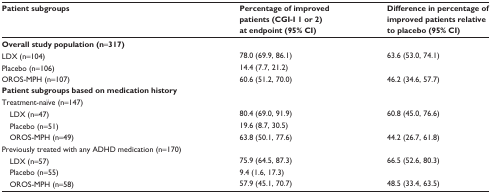
<table><thead><tr><td><b>Patient subgroups</b></td><td><b>Percentage of improved patients (CGI-I 1 or 2) at endpoint (95% CI)</b></td><td><b>Difference in percentage of improved patients relative to placebo (95% CI)</b></td></tr></thead><tbody><tr><td colspan="3"><b>Overall study population (n</b>=<b>317)</b></td></tr><tr><td>LDX (n=104)</td><td>78.0 (69.9, 86.1)</td><td>63.6 (53.0, 74.1)</td></tr><tr><td>Placebo (n=106)</td><td>14.4 (7.7, 21.2)</td><td></td></tr><tr><td>OROS-MPH (n=107)</td><td>60.6 (51.2, 70.0)</td><td>46.2 (34.6, 57.7)</td></tr><tr><td colspan="3"><b>Patient subgroups based on medication history</b></td></tr><tr><td colspan="3">Treatment-naïve (n=147)</td></tr><tr><td> LDX (n=47)</td><td>80.4 (69.0, 91.9)</td><td>60.8 (45.0, 76.6)</td></tr><tr><td> Placebo (n=51)</td><td>19.6 (8.7, 30.5)</td><td></td></tr><tr><td> OROS-MPH (n=49)</td><td>63.8 (50.1, 77.6)</td><td>44.2 (26.7, 61.8)</td></tr><tr><td colspan="3">Previously treated with any ADHD medication (n=170)</td></tr><tr><td> LDX (n=57)</td><td>75.9 (64.5, 87.3)</td><td>66.5 (52.6, 80.3)</td></tr><tr><td> Placebo (n=55)</td><td>9.4 (1.6, 17.3)</td><td></td></tr><tr><td> OROS-MPH (n=58)</td><td>57.9 (45.1, 70.7)</td><td>48.5 (33.4, 63.5)</td></tr></tbody></table>